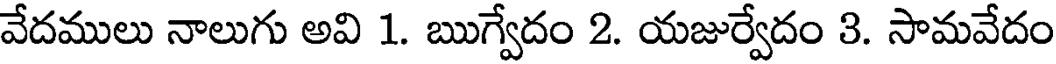
వేదములు నాలుగు అవి 1. ఋగ్వేదం 2. యజుర్వేదం 3. సామవేదం